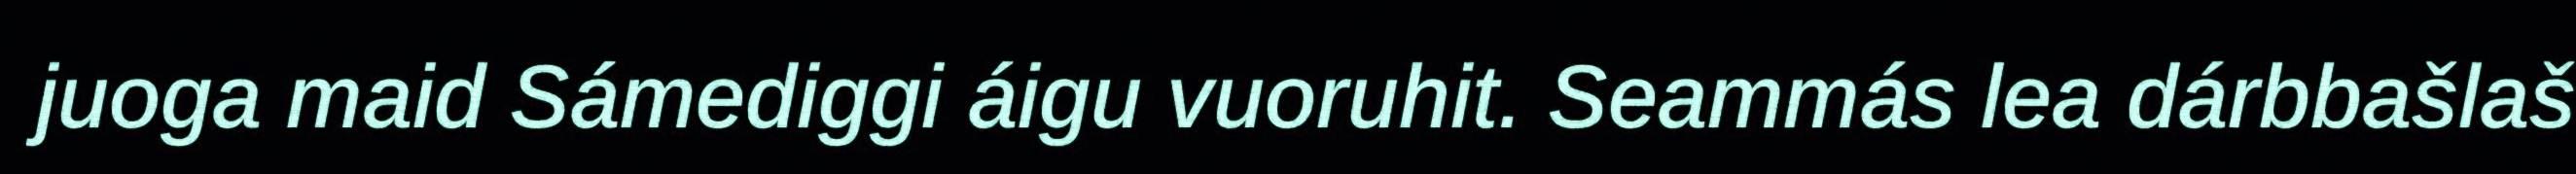
juoga maid Sámediggi áigu vuoruhit. Seammás lea dárbbašlaš